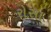
રોસા